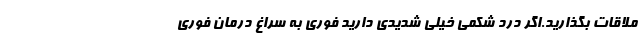
ملاقات بگذارید.اگر درد شکمی خیلی شدیدی دارید فوری به سراغ درمان فوری